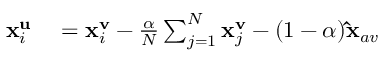
\begin{array} { r l } { \mathbf { x } _ { i } ^ { \mathbf { u } } } & { { } = \mathbf { x } _ { i } ^ { \mathbf { v } } - \frac { \alpha } { N } \sum _ { j = 1 } ^ { N } \mathbf { x } _ { j } ^ { \mathbf { v } } - ( 1 - \alpha ) \mathbf { \hat { x } } _ { a v } } \end{array}